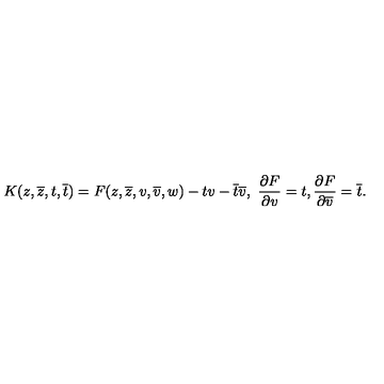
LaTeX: K ( z , \overline { { z } } , t , \overline { { t } } ) = F ( z , \overline { { z } } , v , \overline { { v } } , w ) - t v - \overline { { t } } \overline { { v } } , \ \frac { \partial F } { \partial v } = t , \frac { \partial F } { \partial \overline { { v } } } = \overline { { t } } .